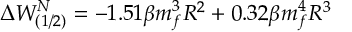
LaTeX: \Delta W _ { ( 1 / 2 ) } ^ { N } = - 1 . 5 1 \beta m _ { f } ^ { 3 } R ^ { 2 } + 0 . 3 2 \beta m _ { f } ^ { 4 } R ^ { 3 }